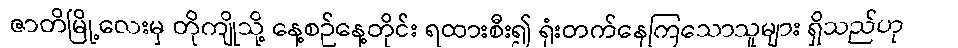
ဇာတိမြို့လေးမှ တိုကျိုသို့ နေ့စဉ်နေ့တိုင်း ရထားစီး၍ ရုံးတက်နေကြသောသူများ ရှိသည်ဟု